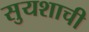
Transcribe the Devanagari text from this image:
सुयशाची